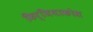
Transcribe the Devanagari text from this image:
किर्जियाकोस